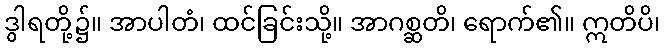
ဒွါရတို့၌။ အာပါတံ၊ ထင်ခြင်းသို့။ အာဂစ္ဆတိ၊ ရောက်၏။ ဣတိပိ၊